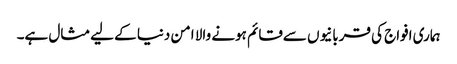
ہماری افواج کی قربانیوں سےقائم ہونے والا امن دنیا کے لیےمثال ہے۔